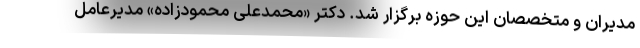
مدیران و متخصصان این حوزه برگزار شد. دکتر «محمدعلی محمودزاده» مدیرعامل